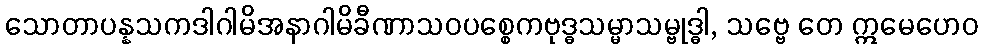
သောတာပန္နသကဒါဂါမိအနာဂါမိခီဏာသဝပစ္စေကဗုဒ္ဓသမ္မာသမ္ဗုဒ္ဓါ, သဗ္ဗေ တေ ဣမေဟေဝ